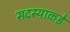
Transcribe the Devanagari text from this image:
सदस्याकडे